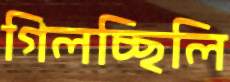
গিলচ্ছিলি